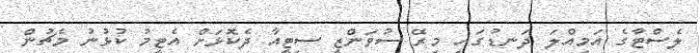
ލެސްޓާގެ އަމިއްލަ ދަނޑުގައި މިރޭ ސުވަންޒީ ސިޓީއާ ދެކޮޅަށް އެޓީމު ކުޅުނު މެޗުން